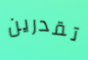
تقدرين